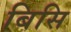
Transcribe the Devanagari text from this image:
बिसि